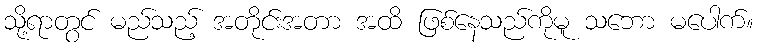
သို့ရာတွင် မည်သည့် အတိုင်းအတာ အထိ ဖြစ်နေသည်ကိုမူ သဘော မပေါက်။